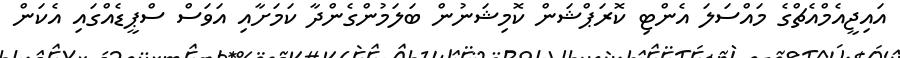
އައިޖީއެމްއެޗްގެ މައްސަލަ އެންޓި ކޮރަޕްޝަން ކޮމިޝަނުން ބަލަމުންގެންދާ ކަމަށާއި އަވަސް ސްޕީޑެއްގައި އެކަން